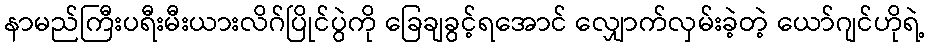
နာမည်ကြီးပရီးမီးယားလိဂ်ပြိုင်ပွဲကို ခြေချခွင့်ရအောင် လျှောက်လှမ်းခဲ့တဲ့ ယော်ဂျင်ဟိုရဲ့